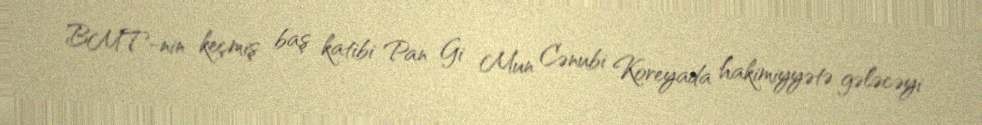
BMT-nin keçmiş baş katibi Pan Gi Mun Cənubi Koreyada hakimiyyətə gələcəyi